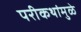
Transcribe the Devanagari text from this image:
परीकथांमुळे